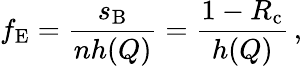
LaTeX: f_{\mathrm{E}}=\frac{s_{\mathrm{B}}}{nh({Q})}=\frac{1-R_{\mathrm{c}}}{h({Q})}\, ,